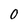
Character: O